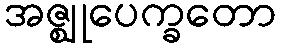
အဇ္ဈုပေက္ခတော